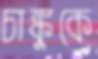
চাঙ্কুকে